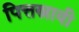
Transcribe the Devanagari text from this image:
पित्तस्रावी